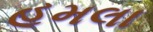
હૂમલા